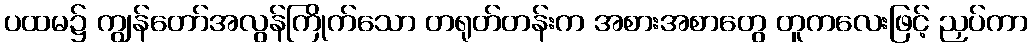
ပထမ၌ ကျွန်တော်အလွန်ကြိုက်သော တရုတ်တန်းက အစားအစာတွေ တူကလေးဖြင့် ညှပ်ကာ